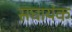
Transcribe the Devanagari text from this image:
सघायंक